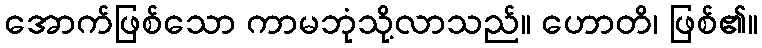
အောက်ဖြစ်သော ကာမဘုံသို့လာသည်။ ဟောတိ၊ ဖြစ်၏။